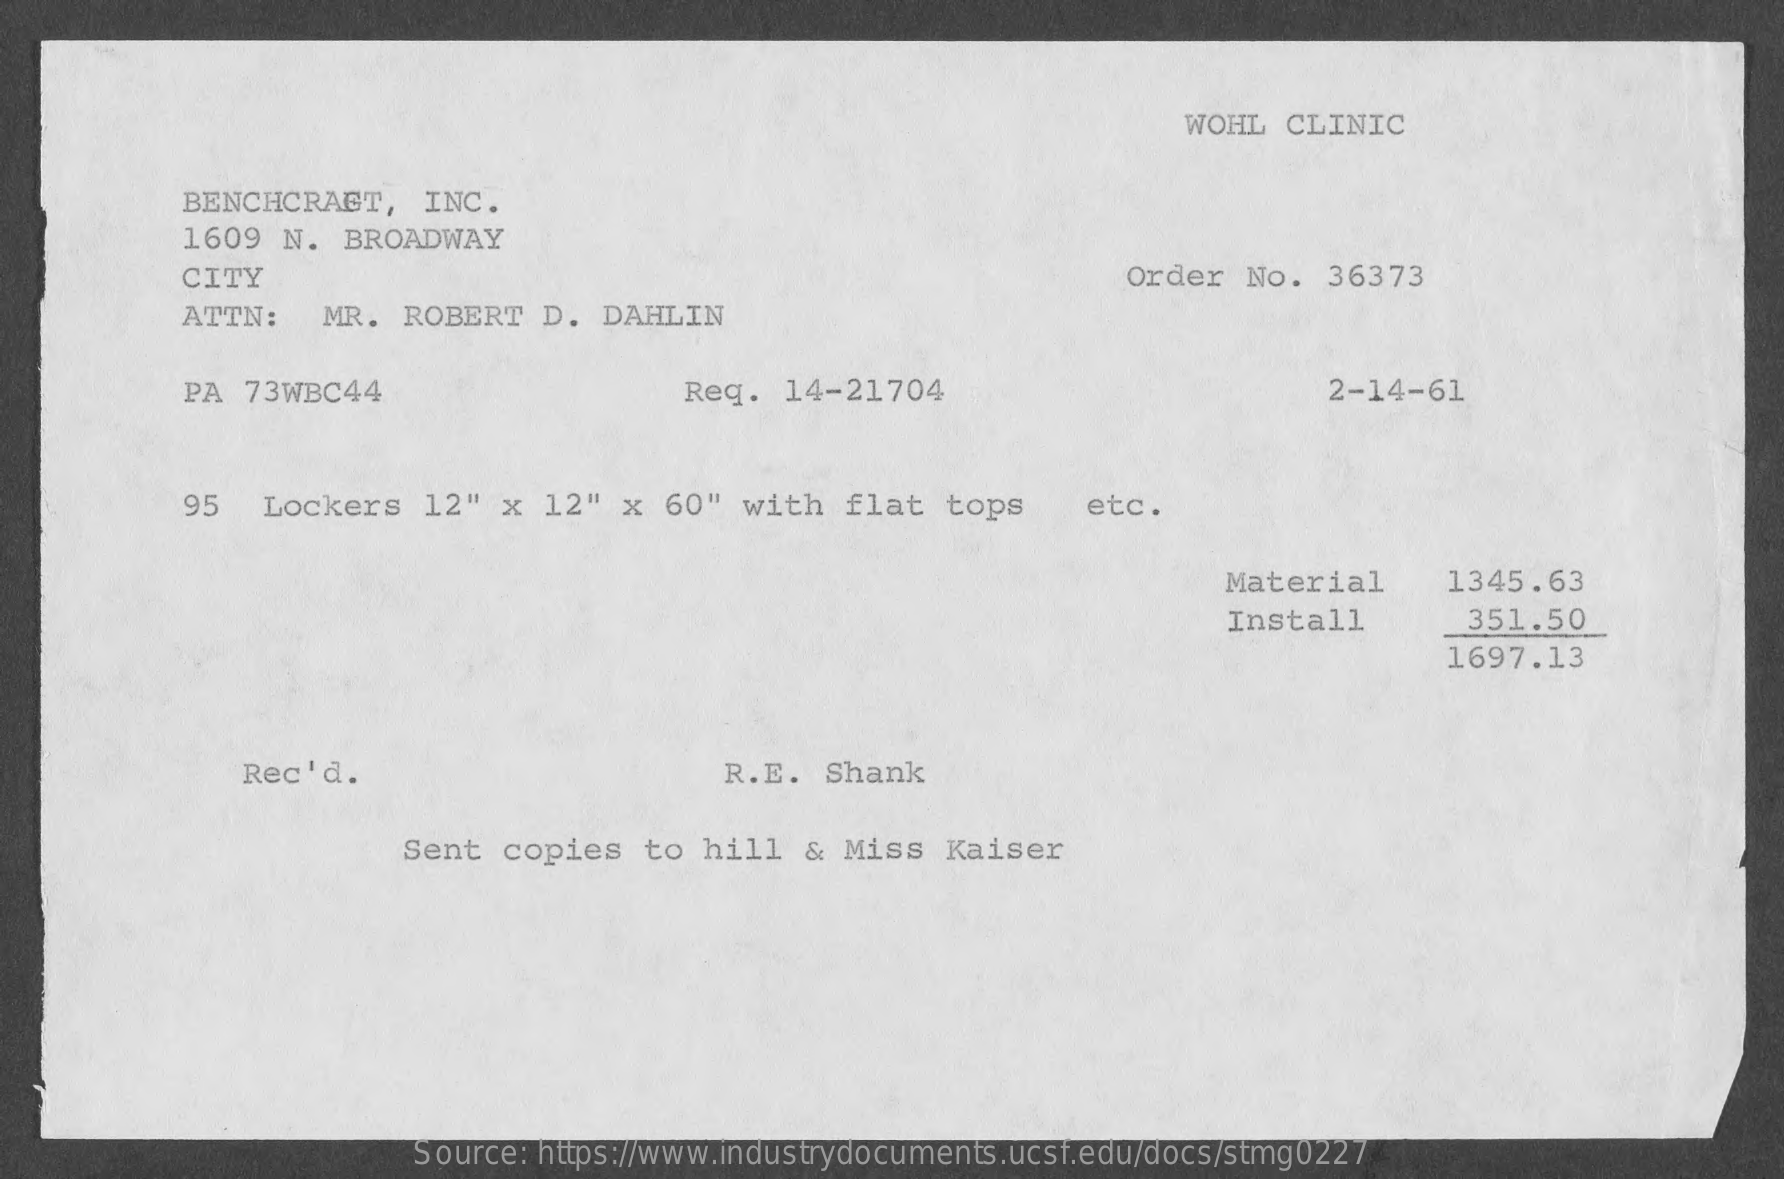
WOHL  CLINIC
     BENCHCRAGT,   INC.
     1609 N.  BROADWAY
     CITY    Order  No.  36373
     ATTN:   MR.  ROBERT   D. DAHLIN
     PA 73WBC44    Req.  14-21704    2-14-61
     95  Lockers   12"  x  12"  x 60"  with  flat   tops    etc.
     Material    1345.63
     Install    351.50
     1697.13
     Rec'd.    R.E.  Shank
     Sent  copies   to  hill  & Miss   Kaiser
     Source: https://www.industrydocuments.ucsf.edu/docs/stmg0227